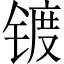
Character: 镀